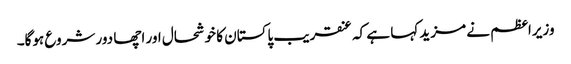
وزیراعظم نے مزید کہا ہے کہ عنقریب پاکستان کا خوشحال اور اچھا دور شروع ہوگا۔